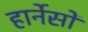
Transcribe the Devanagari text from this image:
हार्नेसों